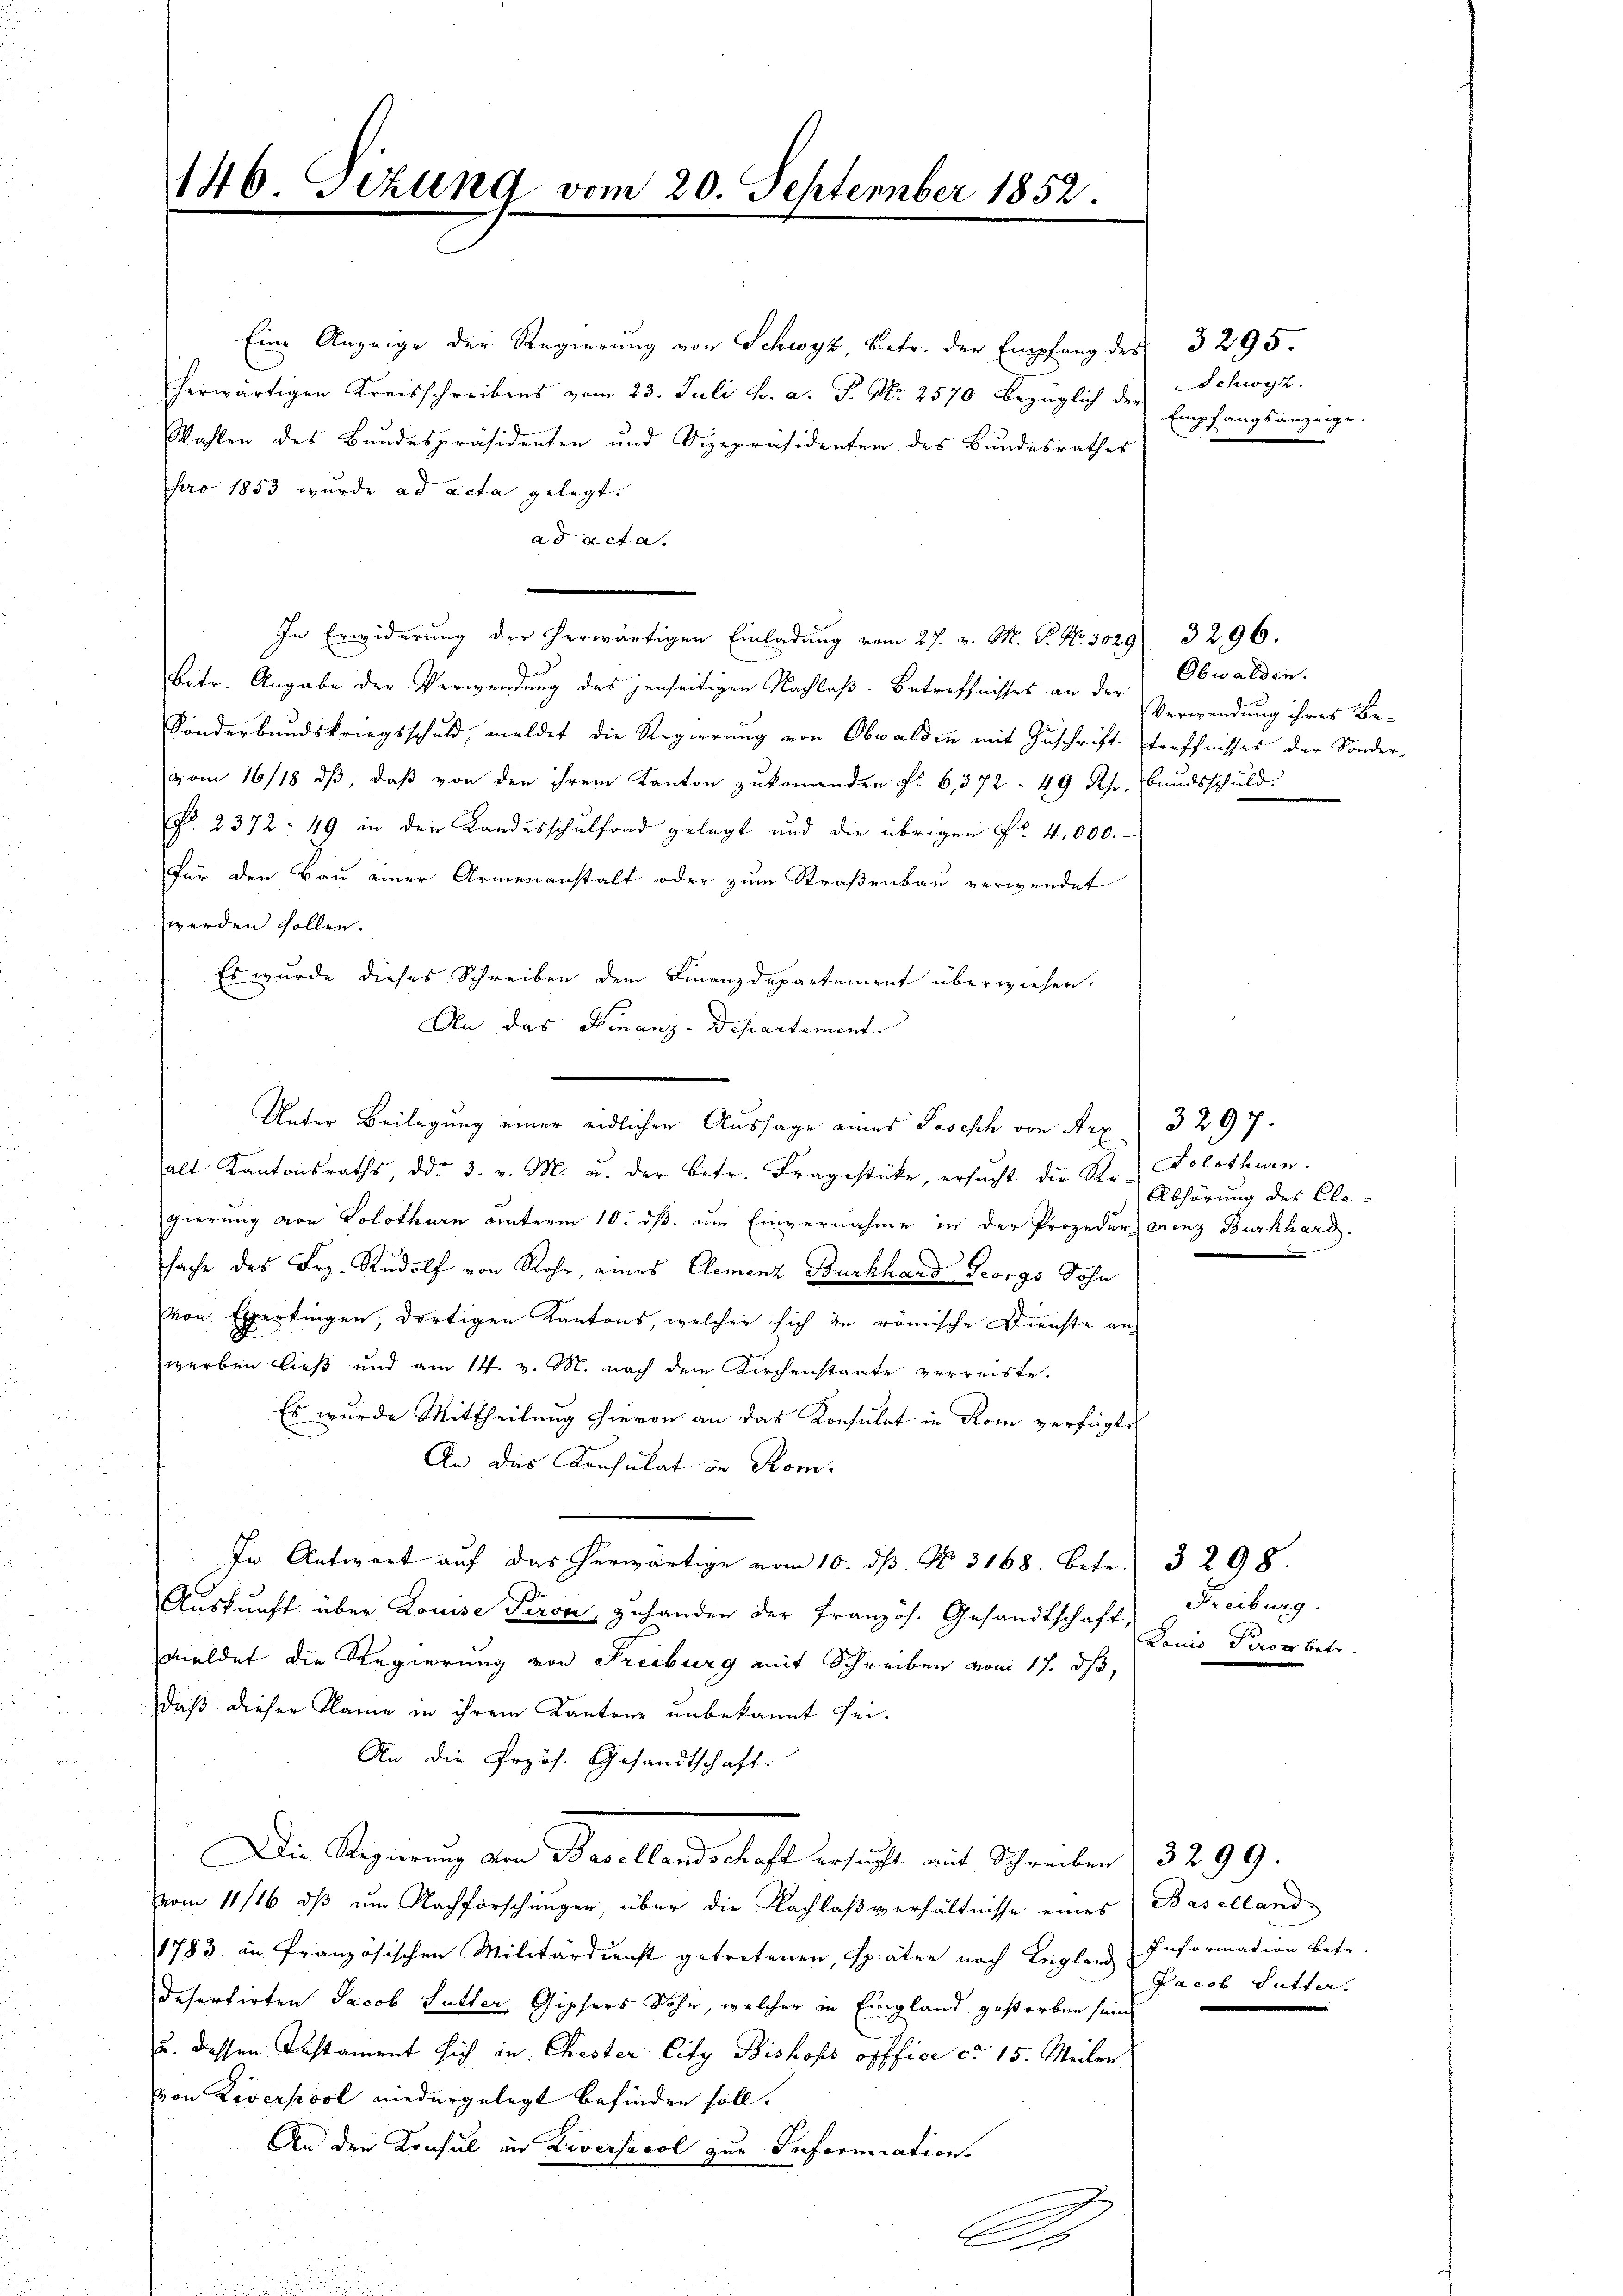
146 Tizung vom 20. September 1852

Eine Anzeige der Regierung von Schwyz, betr. der Empfang des
herwärtigen Kreisschreibens vom 23. Juli v. a. P. Nr. 2570 bezüglich der
Wahlen des Bundespräsidenten und Vizepräsidenten des Bundesrathes
pro 1853 wurde ad acta gelegt.
ad acta.
In Erwiderung der herwärtigen Einladung vom 27. v. M. P. Nr. 3029/ 3296.
betr. Angabe der Verwendung des jenseitigen Nachlaß-Betreffnisses an der Verwendung ihres Be-
Sonderbundskriegsschuld, meldet die Regierung von Obwalden mit Zuschrift treffnisses der Sonder-
vom 16/18. dβ, daß von den ihrem Kanton zukommenden f. 6,372. 49 Rhr, Bundsschuld.
No. 2372: 49 in den Landesschulfond gelegt und die übrigen Fr. 4,000.-
Für den Bau einer Armenanstalt oder zum Straßenbau verwendet
werden sollen.
Es wurde dieses Schreiben dem Finanzdepartement überwiesen.
An das Finanz-Departement.
alt Kantonsraths, ddo 3. v. M. u. der betr. Fragestücke, ersŭcht die Ste-Solothurn.
gierung von Solothurn unterm 10. ds. um Einvernahme in der Prozedur grenz Burkhard.
sache des Frz. Rudolf von Rohr, eines Elemenz Burkhard Georgs Sohn
von Expertingen, dortigen Kantons, welcher sich in römische Dienste an
werben ließ und am 14. v. M. nach dem Kirchenstaate verreiste.
Es wurde Mittheilung hievon an das Konsulat in Rom verfügte
An das Konsulat in Kom-
In Antwort auf das herwärtige vom 10. ds. No. 3168. betr. 3298.
Auskunft über Louise Piron, zuhanden der Französ. Gesandtschaft, Freiburg.
meldet die Regierung von Freiburg mit Schreiben vom 17. dβ,
daß dieser Klame in ihrem Kantone unbekannt sei.
An die Przös. Gesandtschaft.
Die Regierung den Basellandschaft ersucht mit Schreiben (3299.
vom 11/16. dβ ŭm Nachforschungen, über die Nachlaβ verhältnisse eines Baselland
1783 in französischen Militärdienst getretenen später nach Lugland Information betr.
desertirten Jacob Sutter Gipfers Sohn, welcher in Eingland gestorben sein
u. dessen Testament sich in Chester City Bishofs office ca 15. Meiler
Von Liverpool niedergelegt befinden soll.
An den Konsul in Diversicol zur Information.
A

Unter Beilagung einer eidlichen Aussage eines Josesch von Arx 3297.

3295.
Schwyz.
Empfangsanzeige.

Obwalden.

Abhörung des Cla¬

Louis Parow betr.

Jacob Sutter.